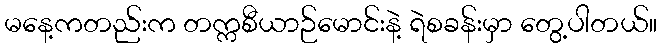
မနေ့ကတည်းက တက္ကစီယာဉ်မောင်းနဲ့ ရဲစခန်းမှာ တွေ့ပါတယ်။